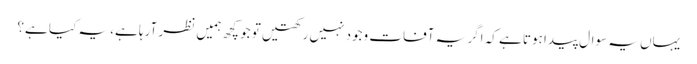
یہاں یہ سوال پیدا ہوتا ہے کہ اگر یہ آفات وجود نہیں رکھتیں تو جو کچھ ہمیں نظر آرہا ہے، یہ کیا ہے؟